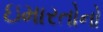
ઇમારતોનો